Leaving Certificate Examination, 1918
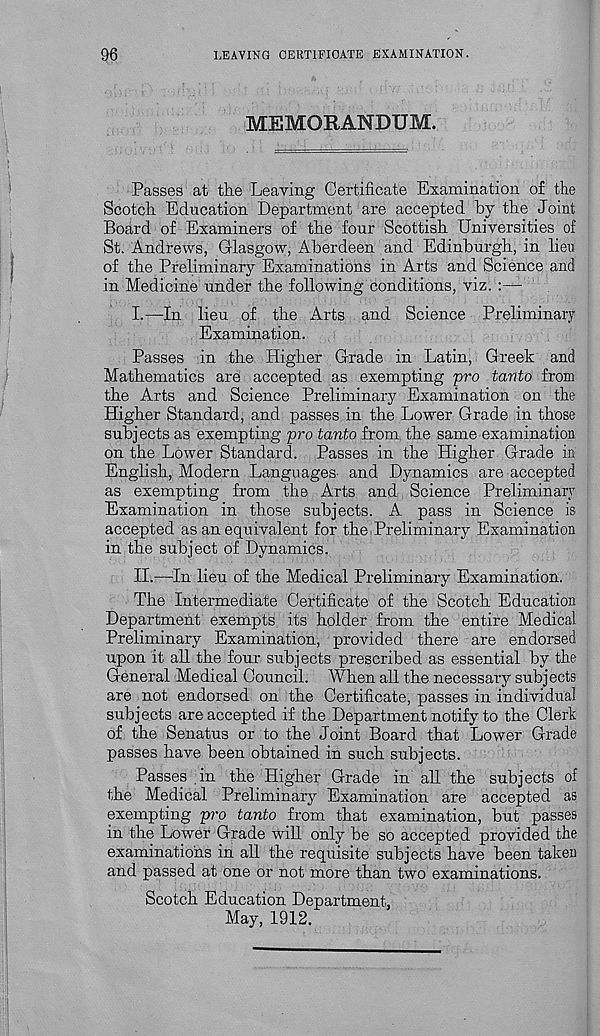
96
LEAVING CERTIFICATE EXAMINATION.
MEMORANDUM.
Passes at the Leaving Certificate Examination of the
Scotch Education Department are accepted by the Joint
Board of Examiners of the four Scottish Universities of
St. Andrews, Glasgow, Aberdeen and Edinburgh, in lieu
of the Preliminary Examinations in Arts and Science and
in Medicine under the following conditions, viz.
I.
—In lieu of the A
Examination.
Passes in the Higher Grade in Latin, Greek and
Mathematics are accepted as exempting pro tanto from
the Arts and Science Preliminary Examination on the
Higher Standard, and passes in the Lower Grade in those
subjects as exempting pro tanto from the same examination,
on the Lower Standard. Passes in the Higher Grade in
English, Modern Languages- and Dynamics are accepted
as exempting from the Arts and Science Preliminary
Examination in those subjects. A pass in Science is
accepted as an equivalent for the Preliminary Examination
in the subject of Dynamics.
II.
—In lieu of the M
The Intermediate Certificate of the Scotch Education
Department exempts its holder from the entire Medical
Preliminary Examination, provided there are endorsed
upon it all the four subjects prescribed as essential by the
General Medical Council. When all the necessary subjects
are not endorsed on the Certificate, passes in individual
subjects are accepted if the Department notify to the Clerk
of the Senatus or to the Joint Board that Lower Grade
passes have been obtained in such subjects.
Passes in the Higher Grade in all the subjects of
the Medical Preliminary^ Examination are accepted as
exempting pro tanto from that examination, but passes
in the Lower Grade will only be so accepted provided the
examinations in all the requisite subjects have been taken
and passed at one or not more than two examinations.
Scotch Education Department,
May, 1912.